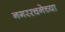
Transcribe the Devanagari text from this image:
नगररचनेच्या